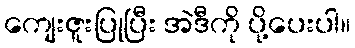
ကျေးဇူးပြုပြီး အဲဒီကို ပို့ပေးပါ။